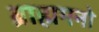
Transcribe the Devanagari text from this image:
ब्राह्ममनो